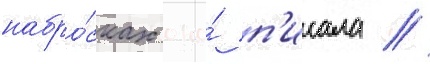
набро́сках она́ п'исала //